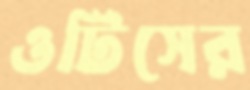
ওটিসের